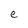
Character: e